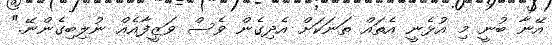
އޭނާ ބުނީ މި އުޅެނީ އެތައް ތަނަކަށް އެދިގެން ވެސް ވަޒީފާއެއް ނުލިބިގެންނޭ."